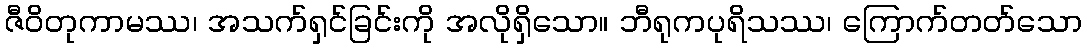
ဇီဝိတုကာမဿ၊ အသက်ရှင်ခြင်းကို အလိုရှိသော။ ဘီရုကပုရိသဿ၊ ကြောက်တတ်သော